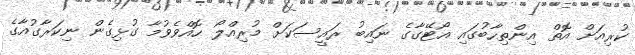
ކުރިއަށް އޮތް އިންތިހާބުގައި އޯޓޭގާގެ ނައިބު ރައީސަކަށް މުރިއްލޯ ހޮއްވެވުމާ ގުޅިގެން ނިކަރާގުއާގެ